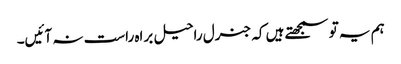
ہم یہ تو سمجھتے ہیں کہ جنرل راحیل براہ راست نہ آئیں۔